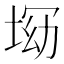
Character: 𡌝